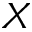
X